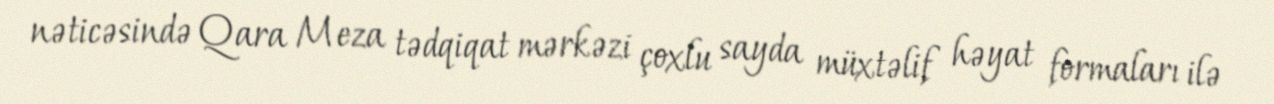
nəticəsində Qara Meza tədqiqat mərkəzi çoxlu sayda müxtəlif həyat formaları ilə